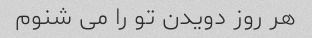
هر روز دویدن تو را می شنوم